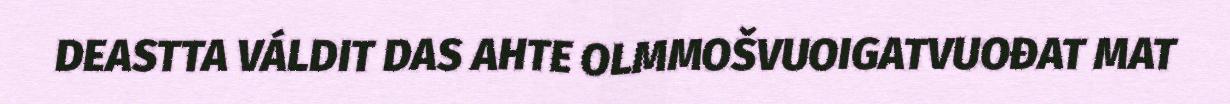
DEASTTA VÁLDIT DAS AHTE OLMMOŠVUOIGATVUOĐAT MAT